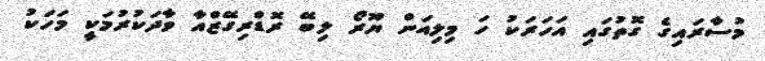
މުސާރައިގެ ގޮތުގައި އަހަރަކު ހަ މިލިއަން ޔޫރޯ ލިބޭ ރޮޑްރިގޭޒްއާ ވާދަކުރުމަކީ މަހަކު